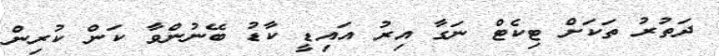
ދަތުރު ތަކަށް ޓިކެޓް ނަގާ އިރު އައިޑީ ކާޑު ބޭނުންވާ ކަން ކުރިން